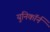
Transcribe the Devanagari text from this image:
युनिकॉर्न